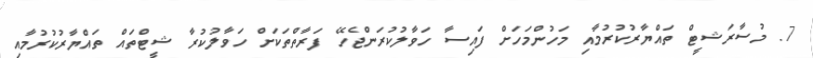
7. މުސާރަޝީޓް ތައްޔާރުކުރުމާއި މަހުންމަހަށް ފައިސާ ހަވާލުކުރަންޖެހޭ ފަރާތްތަކަށް ހަވާލުކުރާ ޝީޓްތައް ތައްޔާރުކުރުމާއި